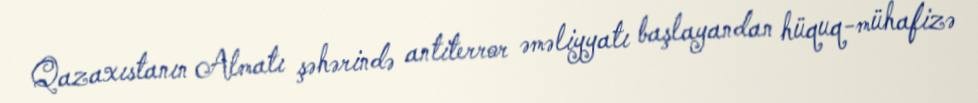
Qazaxıstanın Almatı şəhərində antiterror əməliyyatı başlayandan hüquq-mühafizə